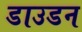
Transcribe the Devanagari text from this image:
डाउडन